Lunatic asylums Madras 1877-1891 - 1877-1891
Year: 1877
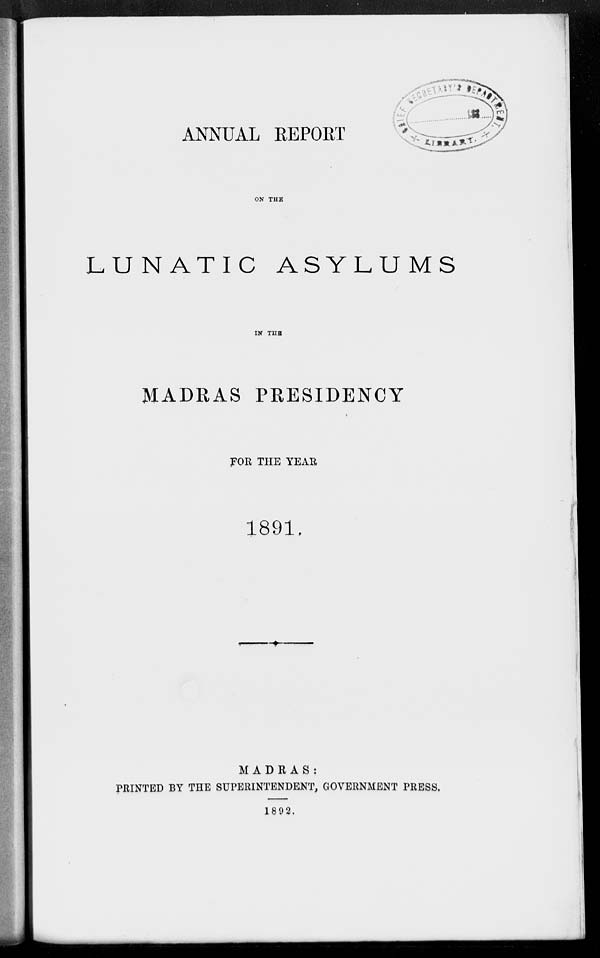
ANNUAL REPORT
ON THE
LUNATIC ASYLUMS
IN THE
MADRAS PRESIDENCY
FOR THE YEAR
1891
MADRAS:
PRINTED BY THE SUPERINTENDENT, GOVERNMENT PRESS.
1892.